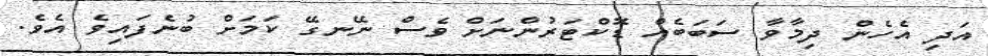
އަދި އެހެން ދިމާވާ ސަބަބެއް ޑޮކްޓަރުންނަށް ވެސް ނޭނގޭ ކަމަށް ބުނެފައިވެ އެވެ.